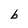
Character: b